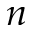
n